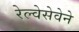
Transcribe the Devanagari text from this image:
रेल्वेसेवेने